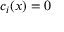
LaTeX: c _ { i } ( x ) = 0